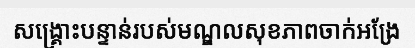
សង្គ្រោះបន្ទាន់របស់មណ្ឌលសុខភាពចាក់អង្រែ